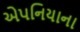
એપનિયાના